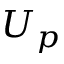
U _ { p }